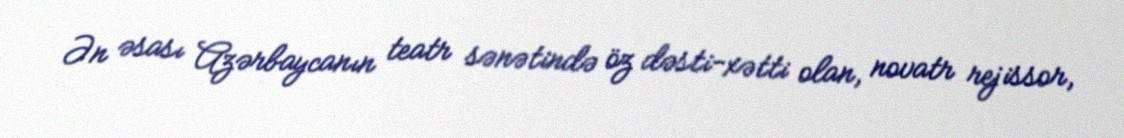
Ən əsası Azərbaycanın teatr sənətində öz dəsti-xətti olan, novatr rejissor,